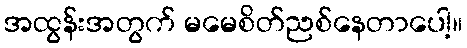
အထွန်းအတွက် မမေစိတ်ညစ်နေတာပေါ့။